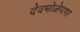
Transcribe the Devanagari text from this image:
देवभोळेपणा